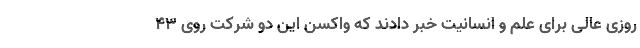
روزی عالی برای علم و انسانیت خبر دادند که واکسن این دو شرکت روی ۴۳